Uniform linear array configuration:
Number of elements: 48
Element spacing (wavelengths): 0.75
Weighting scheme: uniform
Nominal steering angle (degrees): -45
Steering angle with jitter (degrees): -45.975
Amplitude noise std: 0.05
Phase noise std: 0.05

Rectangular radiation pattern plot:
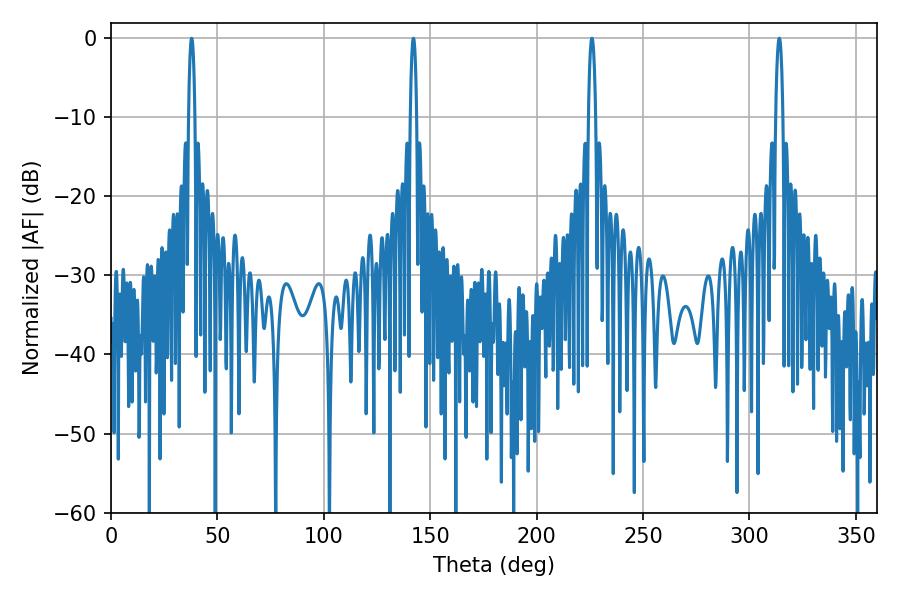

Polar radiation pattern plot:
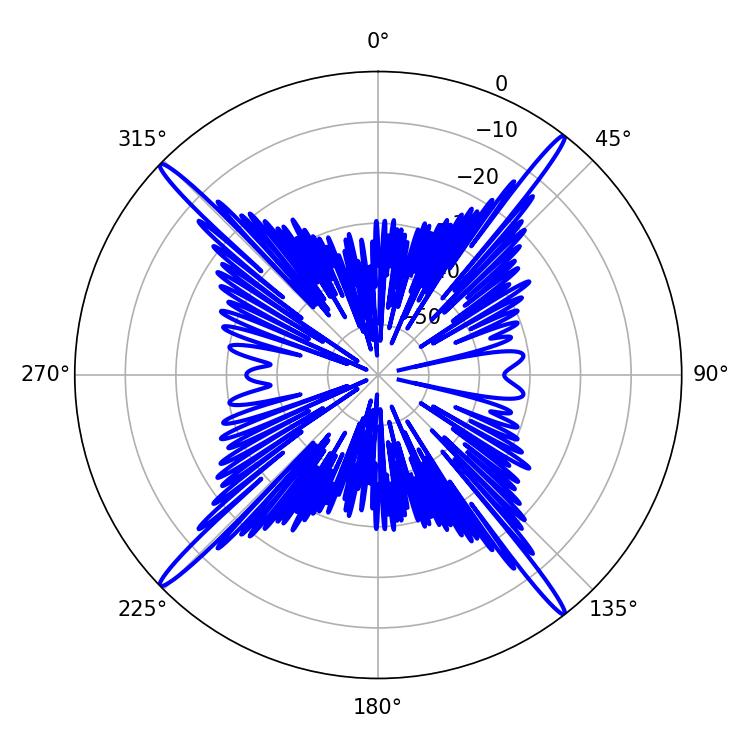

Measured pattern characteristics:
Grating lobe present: TRUE
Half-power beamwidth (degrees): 1.98
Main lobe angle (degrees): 225.9